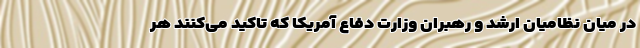
در میان نظامیان ارشد و رهبران وزارت دفاع آمریکا که تاکید می‌کنند هر